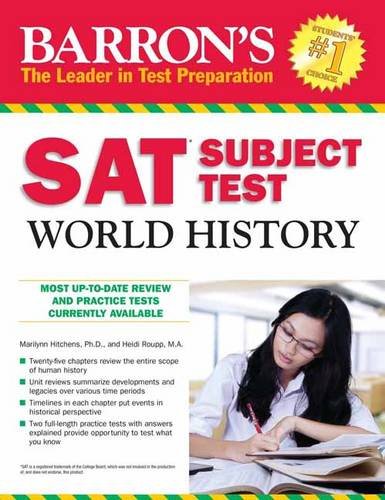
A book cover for Barron's SAT Subject Test World History; William V. Melega  M.A.; Test Preparation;